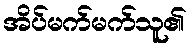
အိပ်မက်မက်သူ၏